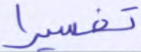
تفسيرا